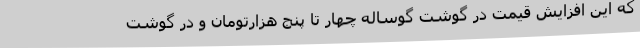
که این افزایش قیمت در گوشت گوساله چهار تا پنج هزارتومان و در گوشت